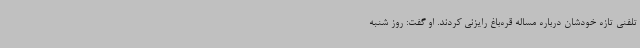
تلفنی تازه خودشان درباره مساله قره‌باغ رایزنی کردند. او گفت: روز شنبه